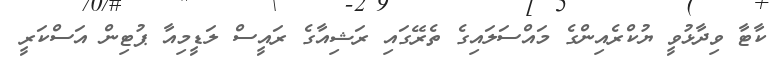
ކާޓާ ވިދާޅުވީ ޔުކްރެއިންގެ މައްސަލައިގެ ތެރޭގައި ރަޝިއާގެ ރައީސް ލަޑީމިއާ ޕުޓިން އަސްކަރީ